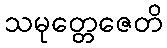
သမုတ္တေဇေတိ